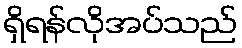
ရှိရန်လိုအပ်သည်